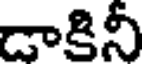
డాకినీ